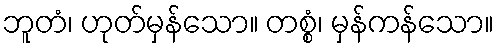
ဘူတံ၊ ဟုတ်မှန်သော။ တစ္စံ၊ မှန်ကန်သော။